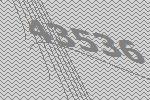
43536